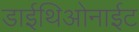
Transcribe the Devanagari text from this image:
डाईथिओनाईट